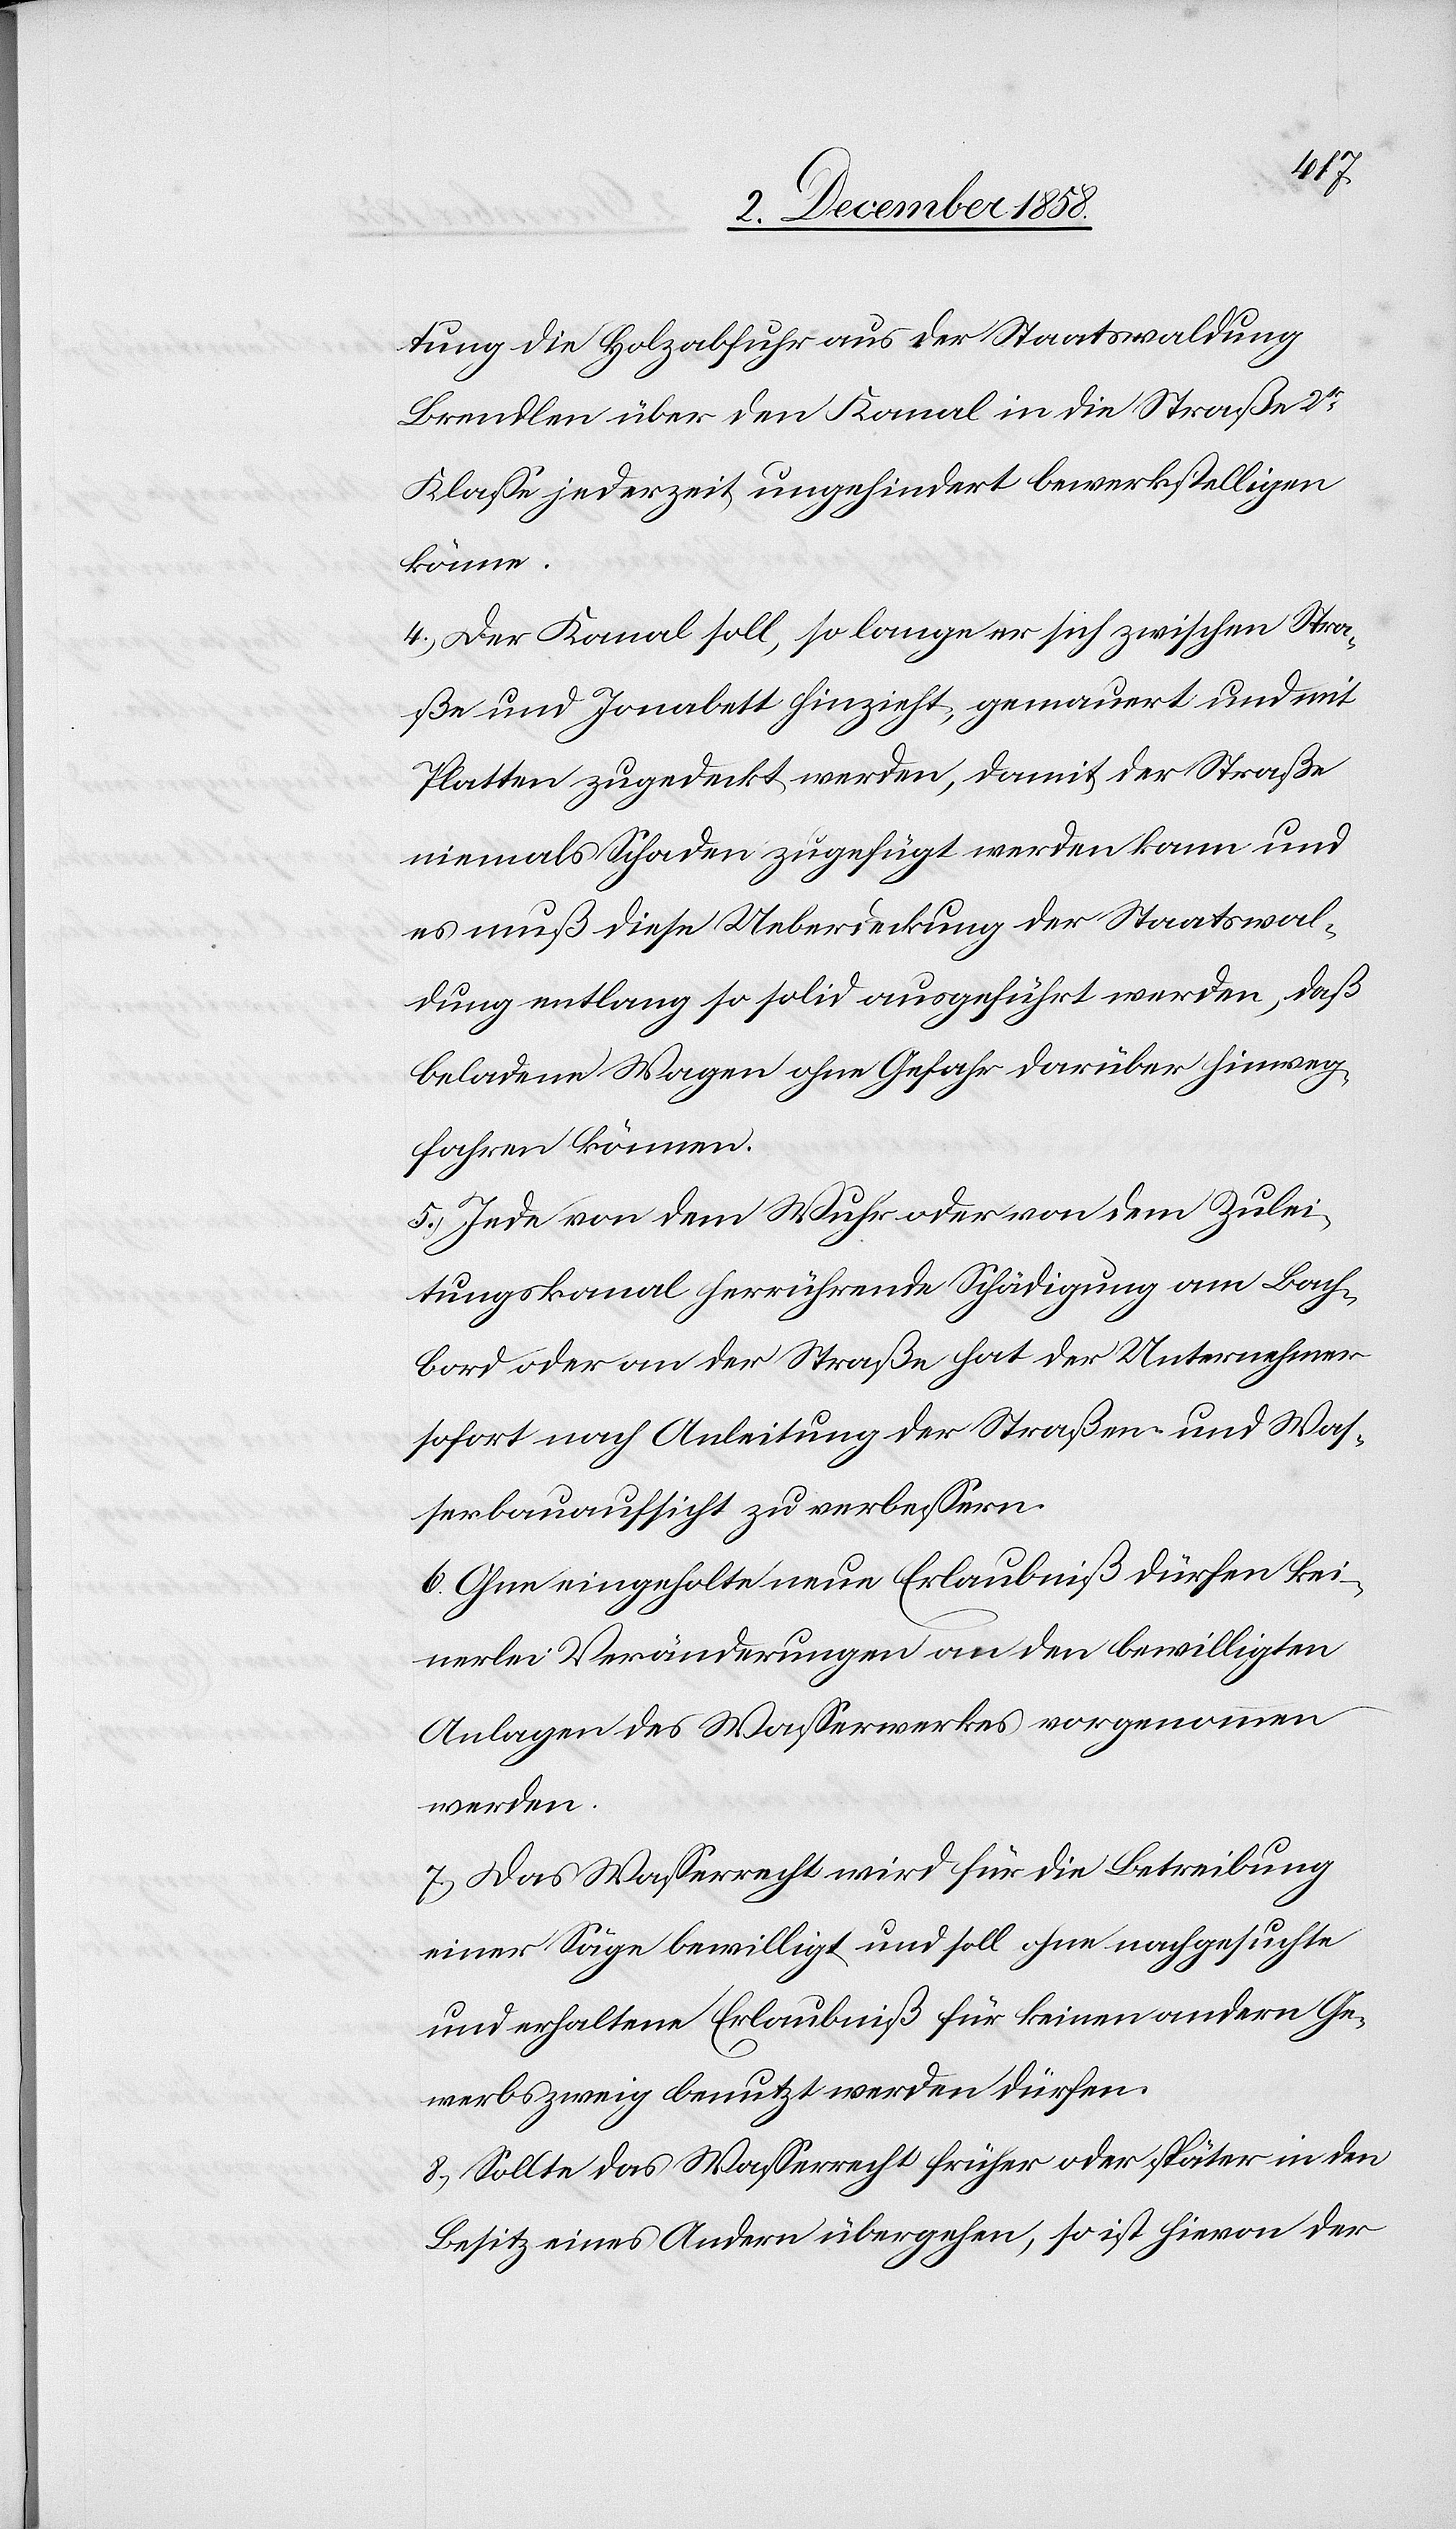
tung die Holzabfuhr aus der Staatswaldung
Brendlen über den Kanal in die Straße 2tr
Klasse jederzeit ungehindert bewerkstelligen
könne.
4.) Der Kanal soll, so lange er sich zwischen Stra¬
ße und Jonabett hinzieht, gemauert und mit
Platten zugedeckt werden, damit der Straße
niemals Schaden zugefügt werden kann und
es muß diese Ueberdeckung der Staatswal¬
dung entlang so solid ausgeführt werden, daß
beladene Wagen ohne Gefahr darüber hinweg¬
fahren können.
5.) Jede von dem Wuhr oder von dem Zulei¬
tungskanal herrührende Schädigung am Bach¬
bord oder an der Straße hat der Unternehmer
sofort nach Anleitung der Straßen- und Was¬
serbauaufsicht zu verbessern.
6.) Ohne eingeholte neue Erlaubniß dürfen kei¬
nerlei Veränderungen an den bewilligten
Anlagen des Wasserwerkes vorgenommen
werden.
7.) Das Wasserrecht wird für die Betreibung
einer Säge bewilligt und soll ohne nachgesuchte
und erhaltene Erlaubniß für keinen andern Ge¬
werbszweig benutzt werden dürfen.
8.) Sollte das Wasserrecht früher oder später in den
Besitz eines Andern übergehen, so ist hievon der